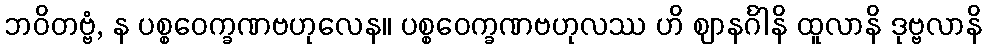
ဘဝိတဗ္ဗံ, န ပစ္စဝေက္ခဏဗဟုလေန။ ပစ္စဝေက္ခဏဗဟုလဿ ဟိ ဈာနင်္ဂါနိ ထူလာနိ ဒုဗ္ဗလာနိ